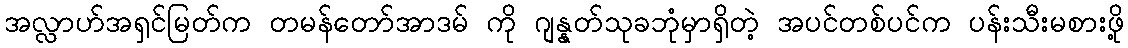
အလ္လာဟ်အရှင်မြတ်က တမန်တော်အာဒမ် ကို ဂျန္နတ်သုခဘုံမှာရှိတဲ့ အပင်တစ်ပင်က ပန်းသီးမစားဖို့